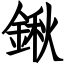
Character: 鍬